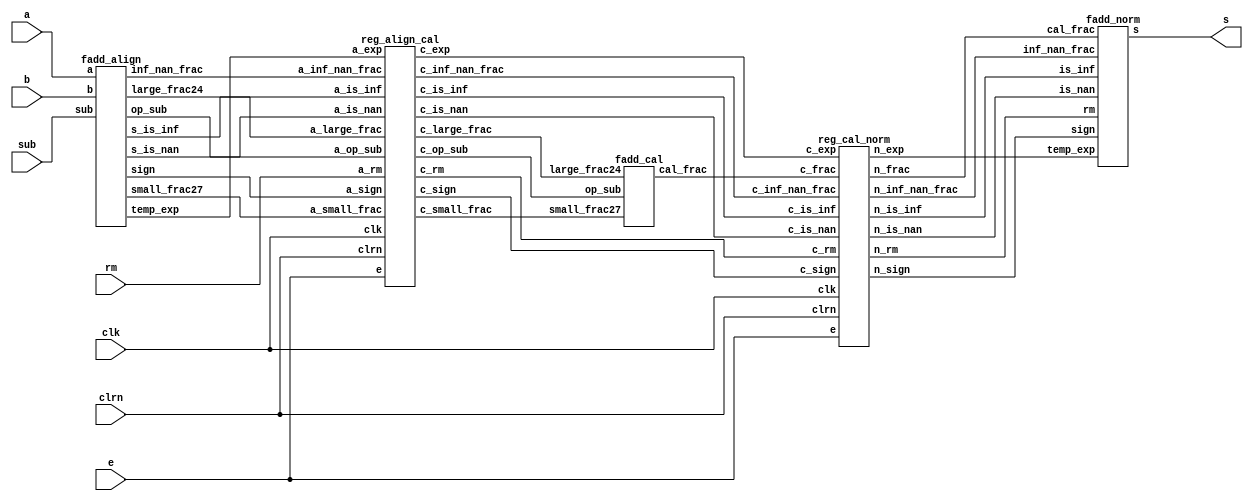
`timescale 1ns / 1ps
//////////////////////////////////////////////////////////////////////////////////
// Company: 
// Engineer: 
// 
// Design Name: 
// Module Name:    fadd_piplined 
// Project Name: 
// Target Devices: 
// Tool versions: 
// Description: 
//
// Dependencies: 
//
// Revision: 
// Revision 0.01 - File Created
// Additional Comments: 
//
//////////////////////////////////////////////////////////////////////////////////


module pipelined_fadder (a,b,sub,rm,s,clk,clrn,e); // pipelined fp adder
	input clk, clrn; // clock and reset
	input [31:0] a, b; // fp a and b
	input [1:0] rm; // round mode
	input sub; // 1: sub; 0: add
	input e; // enable
	output [31:0] s; // fp output
	wire [26:0] a_small_frac;
	wire [23:0] a_large_frac;
	wire [22:0] a_inf_nan_frac;
	wire [7:0] a_exp;
	wire a_is_nan,a_is_inf;
	wire a_sign;
	wire a_op_sub;
	// exe1: alignment stage
	fadd_align alignment (a,b,sub,a_is_nan,a_is_inf,a_inf_nan_frac,a_sign,
	a_exp,a_op_sub,a_large_frac,a_small_frac);
	wire [26:0] c_small_frac;
	wire [23:0] c_large_frac;
	wire [22:0] c_inf_nan_frac;
	wire [7:0] c_exp;
	wire [1:0] c_rm;
	wire c_is_nan,c_is_inf;
	wire c_sign;
	wire c_op_sub;
	// pipelined registers
	reg_align_cal reg_ac (rm,a_is_nan,a_is_inf,a_inf_nan_frac,a_sign,a_exp,
									a_op_sub,a_large_frac,a_small_frac,clk,clrn,e,
									c_rm,c_is_nan,c_is_inf,c_inf_nan_frac,c_sign,
									c_exp,c_op_sub,c_large_frac,c_small_frac);
	wire [27:0] c_frac;
	// exe2: calculation stage
	fadd_cal calculation (c_op_sub,c_large_frac,c_small_frac,c_frac);
	wire [27:0] n_frac;
	wire [22:0] n_inf_nan_frac;
	wire [7:0] n_exp;
	wire [1:0] n_rm;
	wire n_is_nan,n_is_inf;
	wire n_sign;
	// pipelined registers
	reg_cal_norm reg_cn (c_rm,c_is_nan,c_is_inf,c_inf_nan_frac,c_sign,c_exp,
	c_frac,clk,clrn,e,n_rm,n_is_nan,n_is_inf,
	n_inf_nan_frac,n_sign,n_exp,n_frac);
	// exe3: normalization stage
	fadd_norm normalization (n_rm,n_is_nan,n_is_inf,n_inf_nan_frac,n_sign,
	n_exp,n_frac,s);
endmodule

//==============================================
// the alignment stage.
module fadd_align (a,b,sub,s_is_nan,s_is_inf,inf_nan_frac,sign,temp_exp,
	op_sub,large_frac24,small_frac27); //alignment stage
	input [31:0] a,b;
	input sub;
	output [26:0] small_frac27;
	output [23:0] large_frac24;
	output [22:0] inf_nan_frac;
	output [7:0] temp_exp;
	output s_is_nan;
	output s_is_inf;
	output sign;
	output op_sub;
	wire exchange = (b[30:0] > a[30:0]);
	wire [31:0] fp_large = exchange? b : a;
	wire [31:0] fp_small = exchange? a : b;
	wire fp_large_hidden_bit = |fp_large[30:23];
	wire fp_small_hidden_bit = |fp_small[30:23];
	wire [23:0] large_frac24 = {fp_large_hidden_bit,fp_large[22:0]};
	wire [23:0] small_frac24 = {fp_small_hidden_bit,fp_small[22:0]};
	assign temp_exp = fp_large[30:23];
	assign sign = exchange? sub ^ b[31] : a[31];
	assign op_sub = sub ^ fp_large[31] ^ fp_small[31];
	wire fp_large_expo_is_ff = &fp_large[30:23]; // exp == 0xff
	wire fp_small_expo_is_ff = &fp_small[30:23];
	wire fp_large_frac_is_00 = ~|fp_large[22:0]; // frac == 0x0
	wire fp_small_frac_is_00 = ~|fp_small[22:0];
	wire fp_large_is_inf=fp_large_expo_is_ff & fp_large_frac_is_00;
	wire fp_small_is_inf=fp_small_expo_is_ff & fp_small_frac_is_00;
	wire fp_large_is_nan=fp_large_expo_is_ff & ~fp_large_frac_is_00;
	wire fp_small_is_nan=fp_small_expo_is_ff & ~fp_small_frac_is_00;
	assign s_is_inf = fp_large_is_inf | fp_small_is_inf;
	wire s_is_nan = fp_large_is_nan | fp_small_is_nan |
	((sub ^ fp_small[31] ^ fp_large[31]) &
	fp_large_is_inf & fp_small_is_inf);
	wire [22:0] nan_frac = (a[21:0] > b[21:0])?
	{1'b1,a[21:0]} : {1'b1,b[21:0]};
	assign inf_nan_frac = s_is_nan? nan_frac : 23'h0;
	wire [7:0] exp_diff = fp_large[30:23] - fp_small[30:23];
	wire small_den_only = (fp_large[30:23] != 0) &
	(fp_small[30:23] == 0);
	wire [7:0] shift_amount = small_den_only? exp_diff - 8'h1 : exp_diff;
	wire [49:0] small_frac50 = (shift_amount >= 26)?
	{26'h0,small_frac24} :
	{small_frac24,26'h0} >> shift_amount;
	assign small_frac27 = {small_frac50[49:24],|small_frac50[23:0]};
endmodule

//======================================================================
// pipeline registers in between the alignment and calculation stages
module reg_align_cal (a_rm,a_is_nan,a_is_inf,a_inf_nan_frac,a_sign,a_exp,
	a_op_sub,a_large_frac,a_small_frac,clk,clrn,e,c_rm,
	c_is_nan,c_is_inf,c_inf_nan_frac,c_sign,c_exp,
	c_op_sub,c_large_frac,c_small_frac); // pipeline regs
	input [26:0] a_small_frac;
	input [23:0] a_large_frac;
	input [22:0] a_inf_nan_frac;
	input [7:0] a_exp;
	input [1:0] a_rm;
	input a_is_nan, a_is_inf, a_sign, a_op_sub;
	input e; // e: enable
	input clk, clrn; // clock and reset
	output reg [26:0] c_small_frac;
	output reg [23:0] c_large_frac;
	output reg [22:0] c_inf_nan_frac;
	output reg [7:0] c_exp;
	output reg [1:0] c_rm;
	output reg c_is_nan,c_is_inf,c_sign,c_op_sub;
	
	always @ (posedge clk or negedge clrn) begin
		if (!clrn) begin
			c_rm <= 0;
			c_is_nan <= 0;
			c_is_inf <= 0;
			c_inf_nan_frac <= 0;
			c_sign <= 0;
			c_exp <= 0;
			c_op_sub <= 0;
			c_large_frac <= 0;
			c_small_frac <= 0;
		end else if (e) begin
			c_rm <= a_rm;
			c_is_nan <= a_is_nan;
			c_is_inf <= a_is_inf;
			c_inf_nan_frac <= a_inf_nan_frac;
			c_sign <= a_sign;
			c_exp <= a_exp;
			c_op_sub <= a_op_sub;
			c_large_frac <= a_large_frac;
			c_small_frac <= a_small_frac;
		end
	end
endmodule
	
// ===========================================================================	
// the calculation stage.
module fadd_cal (op_sub,large_frac24,small_frac27, cal_frac); // calculation
	input [23:0] large_frac24;
	input op_sub;
	input [26:0] small_frac27;
	output [27:0] cal_frac;
	wire [27:0] aligned_large_frac = {1'b0,large_frac24,3'b000};
	wire [27:0] aligned_small_frac = {1'b0,small_frac27};
	assign cal_frac = op_sub?
	aligned_large_frac - aligned_small_frac :
	aligned_large_frac + aligned_small_frac;
	endmodule
	
module reg_cal_norm (c_rm,c_is_nan,c_is_inf,c_inf_nan_frac,c_sign,c_exp,
	c_frac,clk,clrn,e,n_rm,n_is_nan,n_is_inf,
	n_inf_nan_frac,n_sign,n_exp,n_frac); // pipeline regs
	input [27:0] c_frac;
	input [22:0] c_inf_nan_frac;
	input [7:0] c_exp;
	input [1:0] c_rm;
	input c_is_nan, c_is_inf, c_sign;
	input e; // e: enable
	input clk, clrn; // clock and reset
	output reg [27:0] n_frac;
	output reg [22:0] n_inf_nan_frac;
	output reg [7:0] n_exp;
	output reg [1:0] n_rm;
	output reg n_is_nan,n_is_inf,n_sign;
	always @ (posedge clk or negedge clrn) begin
		if (!clrn) begin
			n_rm <= 0;
			n_is_nan <= 0;
			n_is_inf <= 0;
			n_inf_nan_frac <= 0;
			n_sign <= 0;
			n_exp <= 0;
			n_frac <= 0;
		end else if (e) begin
			n_rm <= c_rm;
			n_is_nan <= c_is_nan;
			n_is_inf <= c_is_inf;
			n_inf_nan_frac <= c_inf_nan_frac;
			n_sign <= c_sign;
			n_exp <= c_exp;
			n_frac <= c_frac;
		end
	end
endmodule

//=================================================================
// normalization
	
module fadd_norm (rm,is_nan,is_inf,inf_nan_frac,sign,temp_exp,cal_frac,s);
	input [27:0] cal_frac;
	input [22:0] inf_nan_frac;
	input [7:0] temp_exp;
	input [1:0] rm;
	input is_nan,is_inf;
	input sign;
	output [31:0] s;
	wire [26:0] f4,f3,f2,f1,f0;
	wire [4:0] zeros;
	assign zeros[4] = ~|cal_frac[26:11]; // 16-bit 0
	assign f4 = zeros[4]? {cal_frac[10:0],16'b0} : cal_frac[26:0];
	assign zeros[3] = ~|f4[26:19]; // 8-bit 0
	assign f3 = zeros[3]? {f4[18:0], 8'b0} : f4;
	assign zeros[2] = ~|f3[26:23]; // 4-bit 0
	assign f2 = zeros[2]? {f3[22:0], 4'b0} : f3;
	assign zeros[1] = ~|f2[26:25]; // 2-bit 0
	assign f1 = zeros[1]? {f2[24:0], 2'b0} : f2;
	assign zeros[0] = ~f1[26]; // 1-bit 0
	assign f0 = zeros[0]? {f1[25:0], 1'b0} : f1;
	reg [26:0] frac0;
	reg [7:0] exp0;
	always @ * begin
		if (cal_frac[27]) begin
		frac0 = cal_frac[27:1]; // 1x.xxxxxxxxxxxxxxxxxxxxxxx xxx
		exp0 = temp_exp + 8'h1; // 1.xxxxxxxxxxxxxxxxxxxxxxx xxx
		end else begin
		if ((temp_exp > zeros) && (f0[26])) begin // a normalized number
		exp0 = temp_exp - zeros;
		frac0 = f0; // 01.xxxxxxxxxxxxxxxxxxxxxxx xxx
		end else begin // is a denormalized number or 0
			exp0 = 0;
			if (temp_exp != 0) // (e - 127) = ((e - 1) - 126)
			frac0 = cal_frac[26:0] << (temp_exp - 8'h1);
			else frac0 = cal_frac[26:0];
			end
		end
	end
	wire frac_plus_1 = // for rounding
	~rm[1] & ~rm[0] & frac0[2] & (frac0[1] | frac0[0]) |
	~rm[1] & ~rm[0] & frac0[2] & ~frac0[1] & ~frac0[0] & frac0[3] |
	~rm[1] & rm[0] & (frac0[2] | frac0[1] | frac0[0]) & sign |
	rm[1] & ~rm[0] & (frac0[2] | frac0[1] | frac0[0]) & ~sign;
	wire [24:0] frac_round = {1'b0,frac0[26:3]} + frac_plus_1;
	wire [7:0] exponent = frac_round[24]? exp0 + 8'h1 : exp0;
	wire overflow = &exp0 | &exponent;
	assign s = final_result(overflow, rm, sign, is_nan, is_inf, exponent,
	frac_round[22:0], inf_nan_frac);
	function [31:0] final_result;
	input overflow;
	input [1:0] rm;
	input sign, is_nan, is_inf;
	input [7:0] exponent;
	input [22:0] fraction, inf_nan_frac;
	casex ({overflow, rm, sign, is_nan, is_inf})
	6'b1_00_x_0_x : final_result = {sign,8'hff,23'h000000}; // inf
	6'b1_01_0_0_x : final_result = {sign,8'hfe,23'h7fffff}; // max
	6'b1_01_1_0_x : final_result = {sign,8'hff,23'h000000}; // inf
	6'b1_10_0_0_x : final_result = {sign,8'hff,23'h000000}; // inf
	6'b1_10_1_0_x : final_result = {sign,8'hfe,23'h7fffff}; // max
	6'b1_11_x_0_x : final_result = {sign,8'hfe,23'h7fffff}; // max
	6'b0_xx_x_0_0 : final_result = {sign,exponent,fraction}; // nor
	6'bx_xx_x_1_x : final_result = {1'b1,8'hff,inf_nan_frac}; // nan
	6'bx_xx_x_0_1 : final_result = {sign,8'hff,inf_nan_frac}; // inf
	default : final_result = {sign,8'h00,23'h000000}; // 0
	endcase
	endfunction
endmodule